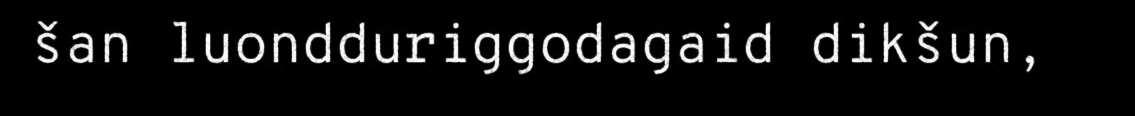
šan luondduriggodagaid dikšun,